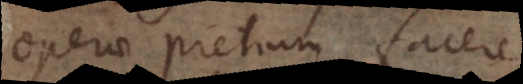
operae pretium facere,